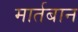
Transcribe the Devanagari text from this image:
मार्तबान